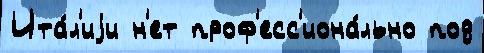
Ита́л'иjи н'ет проф'есс'иона́льно под